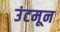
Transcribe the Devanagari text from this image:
उंटमून